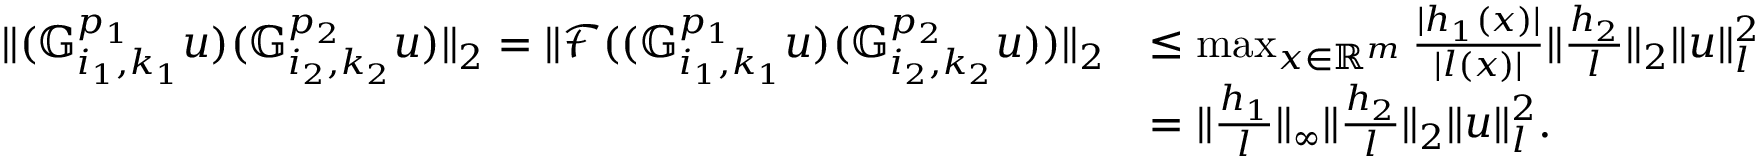
\begin{array} { r l } { \| ( \mathbb { G } _ { i _ { 1 } , k _ { 1 } } ^ { p _ { 1 } } u ) ( \mathbb { G } _ { i _ { 2 } , k _ { 2 } } ^ { p _ { 2 } } u ) \| _ { 2 } = \| \mathcal { F } ( ( \mathbb { G } _ { i _ { 1 } , k _ { 1 } } ^ { p _ { 1 } } u ) ( \mathbb { G } _ { i _ { 2 } , k _ { 2 } } ^ { p _ { 2 } } u ) ) \| _ { 2 } } & { \leq \operatorname* { m a x } _ { x \in \mathbb { R } ^ { m } } \frac { | h _ { 1 } ( x ) | } { | l ( x ) | } \| \frac { h _ { 2 } } { l } \| _ { 2 } \| u \| _ { l } ^ { 2 } } \\ & { = \| \frac { h _ { 1 } } { l } \| _ { \infty } \| \frac { h _ { 2 } } { l } \| _ { 2 } \| u \| _ { l } ^ { 2 } . } \end{array}